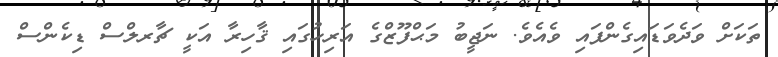
ތަކަށް ވަދެވަޑައިގެންފައި ވެއެވެ. ނަޖީބު މަޙްފޫޒްގެ އަރިހުގައި ޤާހިރާ އަކީ ޗާރލްސް ޑިކެންސް